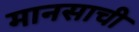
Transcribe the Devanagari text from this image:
मानसाची